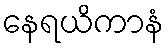
နေရယိကာနံ